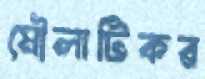
মৌলাটিকর